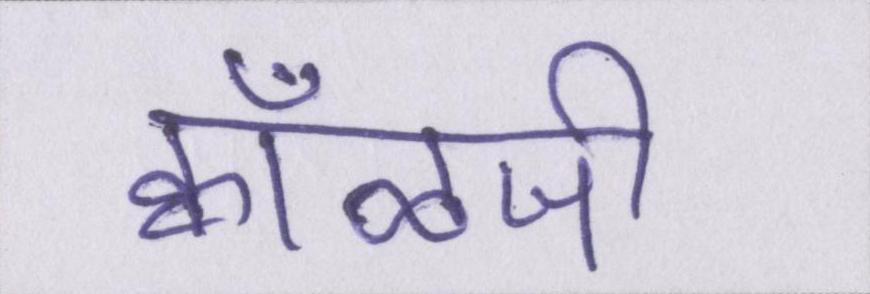
क्वाँळजी